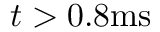
t > 0 . 8 \mathrm { m s }